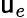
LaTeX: \mathsf{u}_{e}